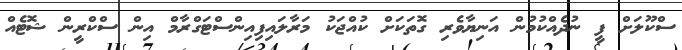
ސްކޫލަށް ފީ ނުދެއްކުމުން އަނިޔާވެރި ގޮތަކަށް ކުއްޖަކު މަރާލައިފިއިންސްޓަގްރާމް އިން ސްކްރީން ޝޮޓެއް